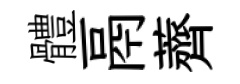
體鬲薺